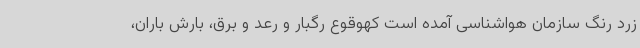
زرد رنگ سازمان هواشناسی آمده است کهوقوع رگبار و رعد و برق، بارش باران،